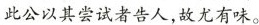
此公以其尝试者告人，故尤有味。